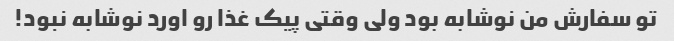
تو سفارش من نوشابه بود ولی وقتی پیک غذا رو اورد نوشابه نبود!